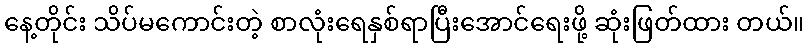
နေ့တိုင်း သိပ်မကောင်းတဲ့ စာလုံးရေနှစ်ရာပြီးအောင်ရေးဖို့ ဆုံးဖြတ်ထား တယ်။